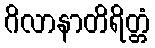
ဂိလာနာတိရိတ္တံ